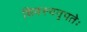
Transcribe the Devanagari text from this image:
शिवस्यनृपतेः